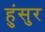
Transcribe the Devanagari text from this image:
हुंसुर